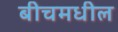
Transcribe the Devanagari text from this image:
बीचमधील